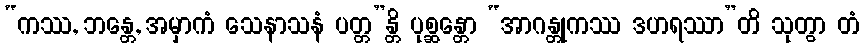
“ကဿ, ဘန္တေ, အမှာကံ သေနာသနံ ပတ္တ”န္တိ ပုစ္ဆန္တော “အာဂန္တုကဿ ဒဟရဿာ”တိ သုတွာ တံ